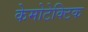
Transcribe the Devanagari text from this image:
केमोटेक्टिक